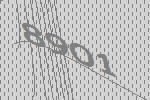
8901